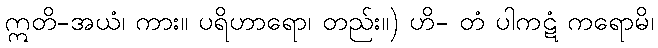
ဣတိ-အယံ၊ ကား။ ပရိဟာရော၊ တည်း။) ဟိ- တံ ပါကဋံ ကရောမိ၊